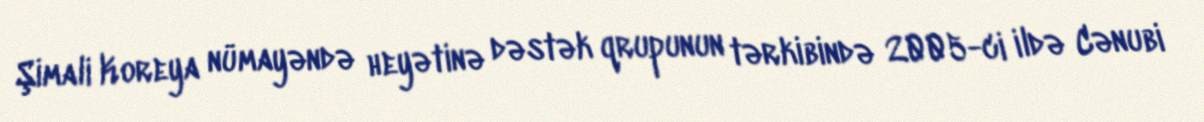
Şimali Koreya nümayəndə heyətinə dəstək qrupunun tərkibində 2005-ci ildə Cənubi